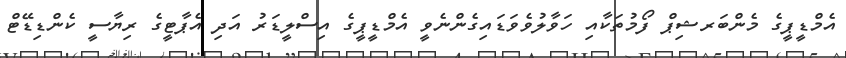
އެމްޑީޕީގެ މެންބަރޝިޕް ފޯމުތަކާއި ހަވާލުވެވަޑައިގެންނެވީ އެމްޑީޕީގެ އިސްލީޑަރު އަދި އެޕާޓީގެ ރިޔާސީ ކެންޑިޑޭޓް